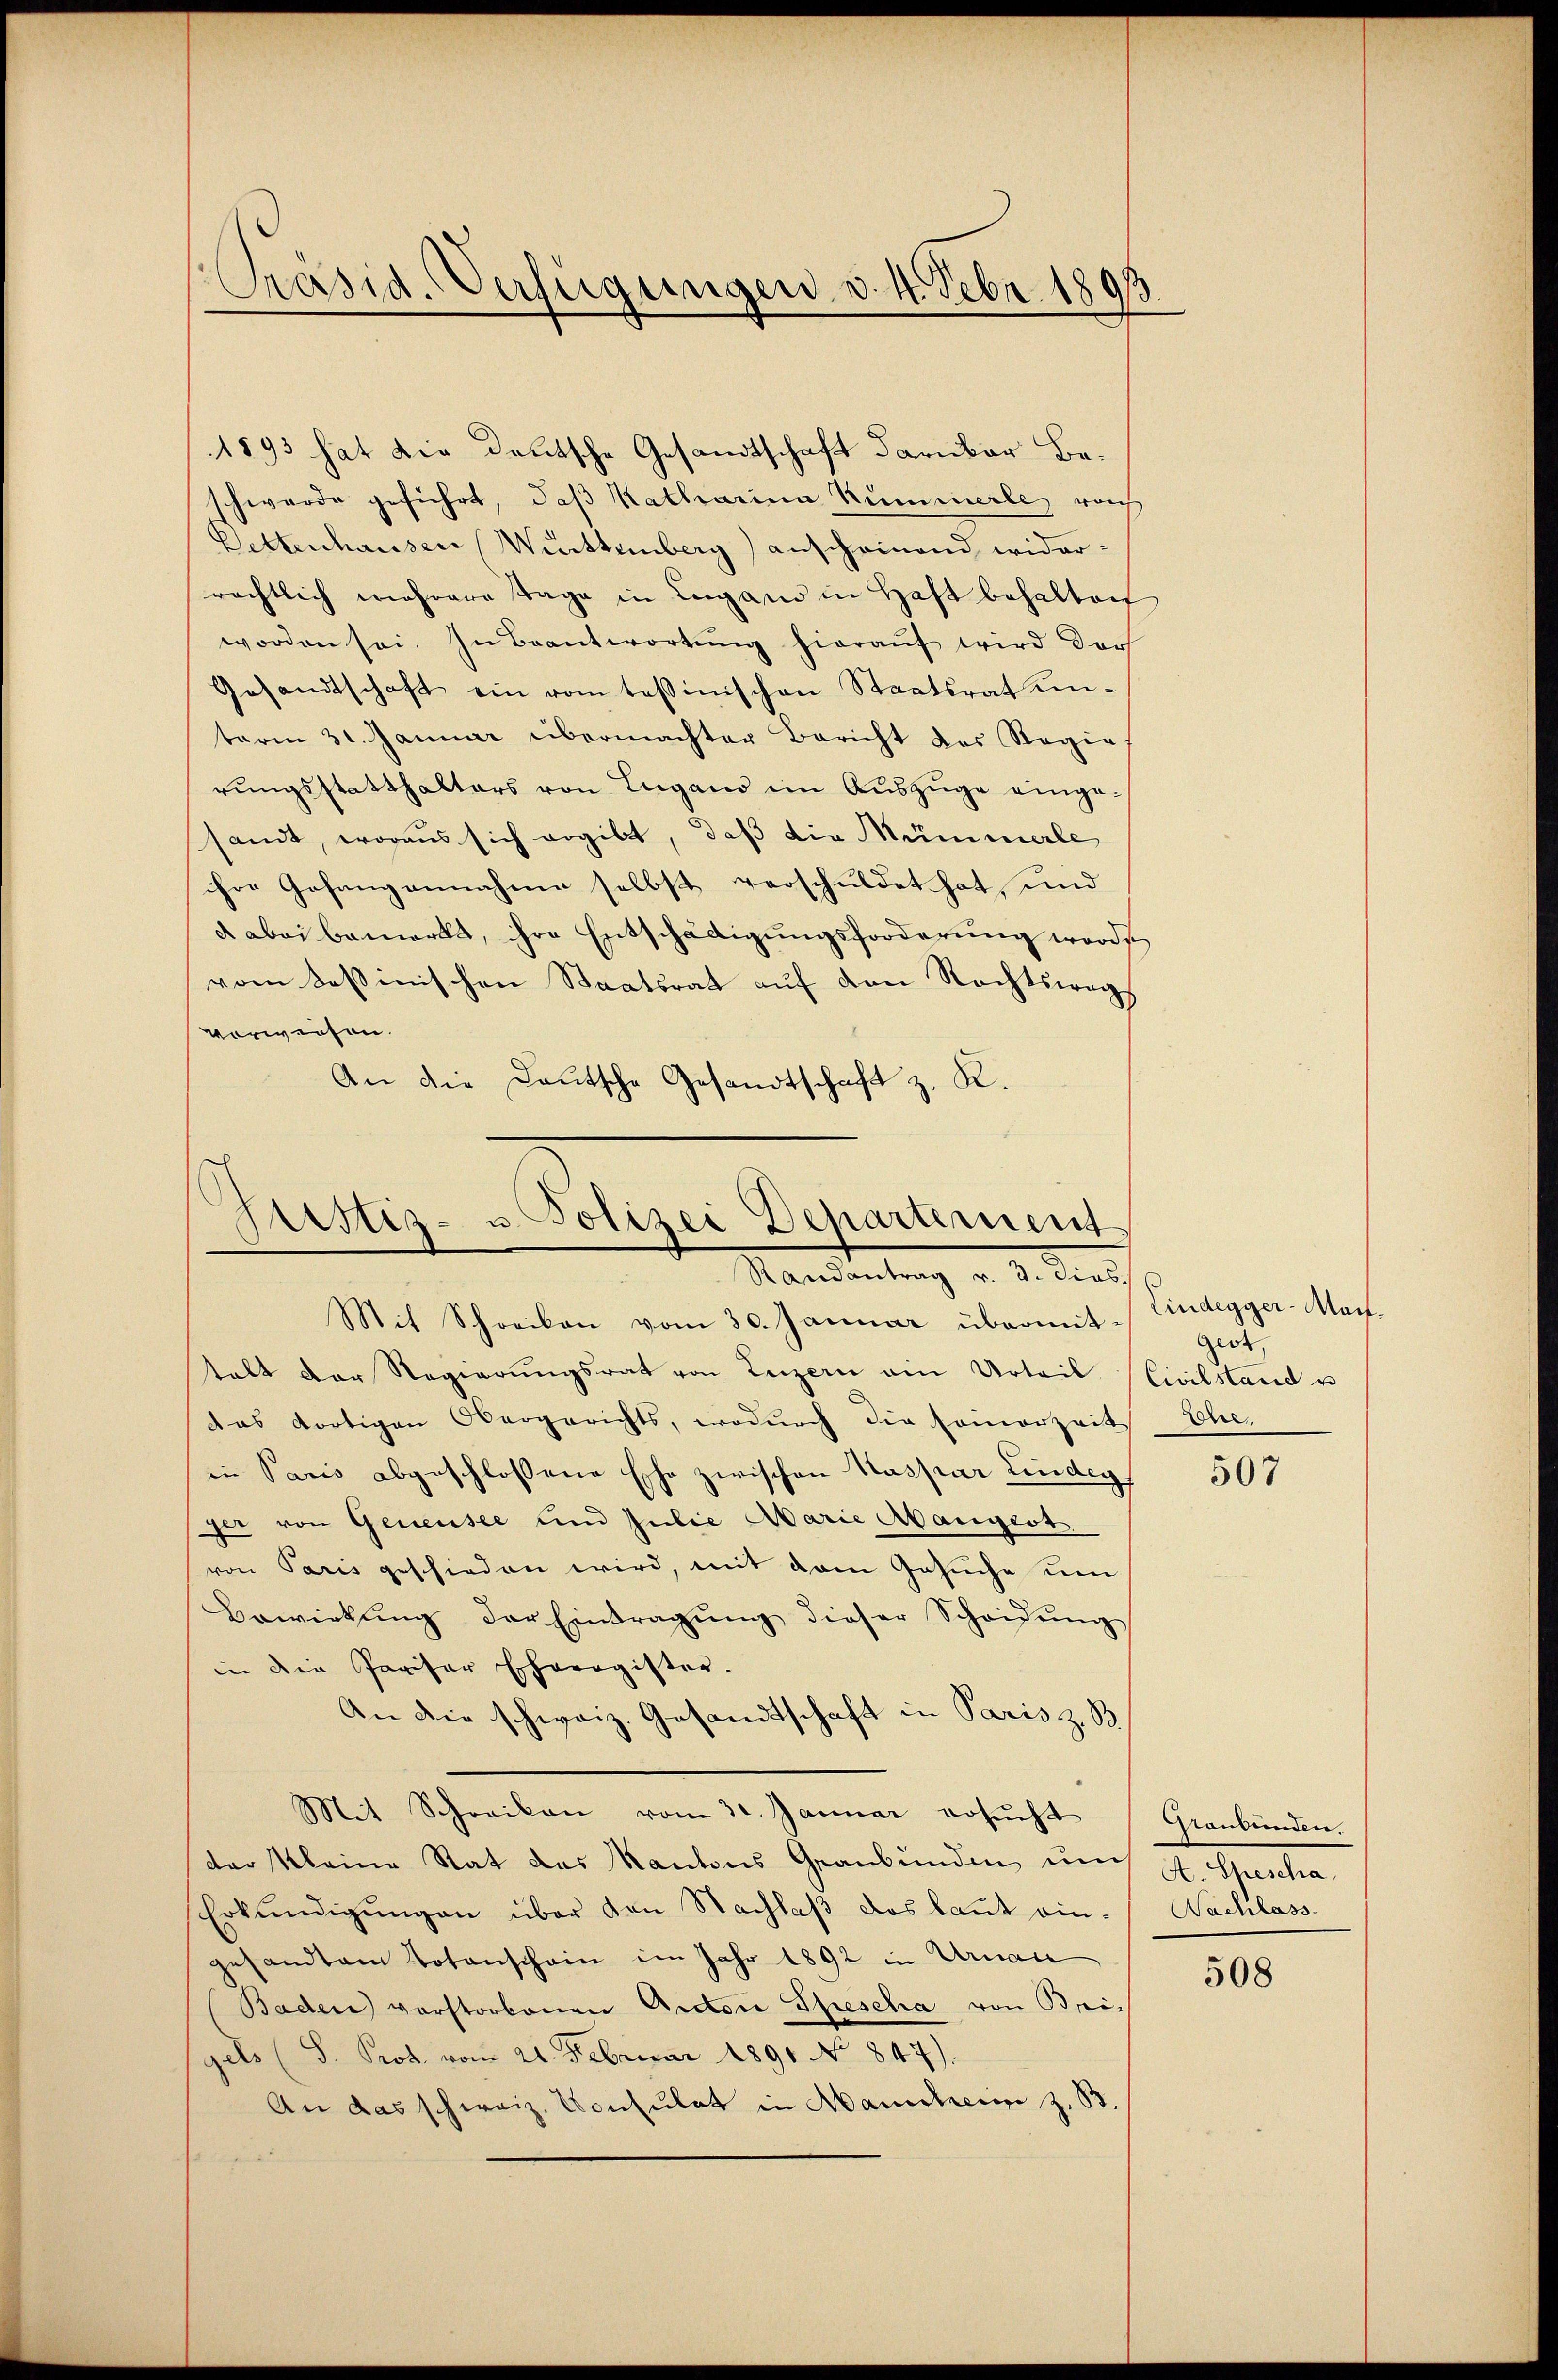
Präsid-Verfügungen v. 4. Febr. 1893

1893 hat die Deutsche Gesandtschaft darüber Beschwerde geführt, daß Katharina Kümmerle, noch
Vettenhausen Württemberg anscheinend widerrächtlich mehrere Tage in Lugand in Haft behalten
worden sei. In Beantwortŭng hieraŭf wird der
Gesandtschaft ein vom tessinischen Staatsrat un-
term 31. Januar übermachter Bericht des Regie
rungsstatthalters von Lugano im Auszüge eingesandt, woraus sich ergibt, daß die Mümmerle
ihre Gefangennahme selbst verschuldet hat, und
d abei bemerkt, ihre Entschädigungsforderung worde
vom Teßinischen Staatsrat auf den Rechtswegs
verweisen.
An die Deutsche Gesandtschaft z. R.

Justiz- u. Polizei Departement
¬
Randantrag v. 3. dies
Mit Schreiben vom 30. Januar übermit¬

talt der Regierŭngsrat von Luzern ein Urteil (Civilstand u
das dortigen Obergerichts, wodurch die sommerzeit Ehe-
in Paris abgeschlossene Ehe zwischen Kaspar Lindeg
ger von Genensee und Julie Marie Abangest
von Paris geschieden wird, mit dem Gesuche um
Bewirkŭng der Eintragŭng dieser Scheidŭng
in die Pariser Eheergister.
An die schweiz. Gesandtschaft in Paris z. B
Mit Schreiben vom 30. Januar ersucht
der Kleine Rat des Kantons Graubünden um
Erkŭndigŭngen über den Nachlaβ das kant ein-
gesandtem Totenschein im Jahr 1892 in Urnau
Baden vorstorbenen Anton Spescha von Bri¬
S. Prot. vom 21. Februar 1891 No 847).
An das schweiz. Consulat in Mancherin z. S

Lindegger-Mau.
Geot,

507

stanbunden
A. Spescha
Nachlass.

508